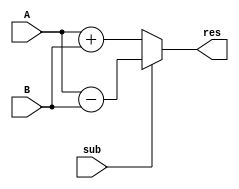
module Adder #(parameter SIZE = 8) (
    input [(SIZE-1):0] A, B,
    input sub,
    output [(SIZE-1):0] res
);

    assign res = sub ? (A - B) : (A + B);
    
endmodule